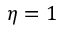
\eta = 1